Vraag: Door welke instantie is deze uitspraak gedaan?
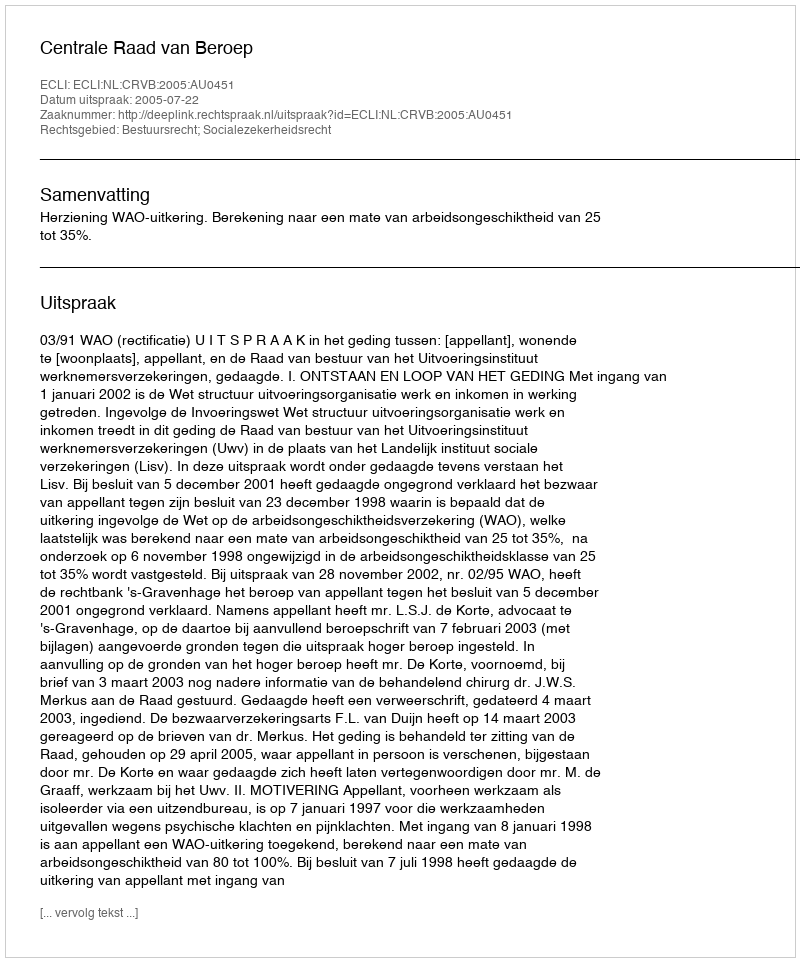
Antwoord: Centrale Raad van Beroep